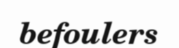
befoulers